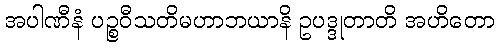
အပါဏီနံ ပဉ္စဝီသတိမဟာဘယာနိ ဥပဒ္ဒုတာတိ အဟိတော